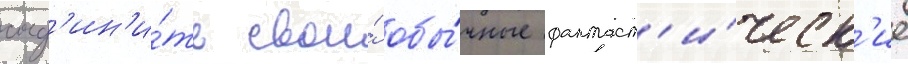
соед'ин'и́ть свои́ обы́чные фантаст'и́ческ'ие